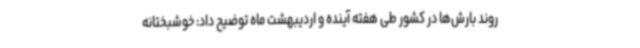
روند بارش‌ها در کشور طی هفته آینده و اردیبهشت ماه توضیح داد: خوشبختانه